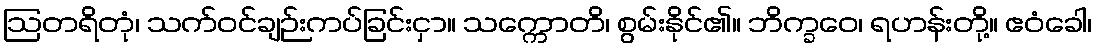
ဩတရိတုံ၊ သက်ဝင်ချဉ်းကပ်ခြင်းငှာ။ သက္ကောတိ၊ စွမ်းနိုင်၏။ ဘိက္ခဝေ၊ ရဟန်းတို့။ ဧဝံခေါ၊